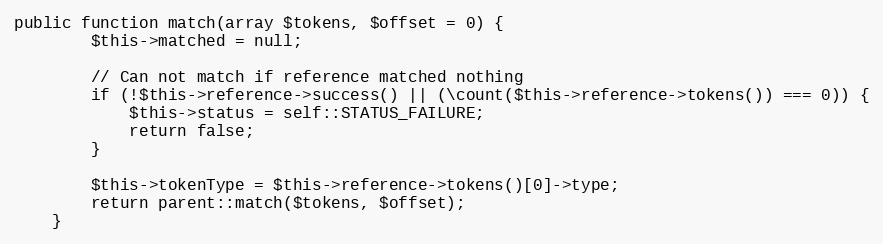
Language: PHP
public function match(array $tokens, $offset = 0) {
		$this->matched = null;

		// Can not match if reference matched nothing
		if (!$this->reference->success() || (\count($this->reference->tokens()) === 0)) {
			$this->status = self::STATUS_FAILURE;
			return false;
		}

		$this->tokenType = $this->reference->tokens()[0]->type;
		return parent::match($tokens, $offset);
	}